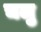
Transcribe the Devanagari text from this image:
चलु